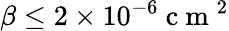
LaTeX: \beta\leq 2\times 10^{-6}\mathrm{~c~m~}^{2}